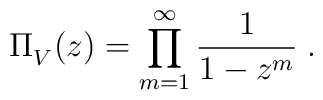
\Pi_{V}^{}(z) = \prod_{m=1}^{\infty} \frac{1}{1-z^m} \; .